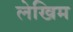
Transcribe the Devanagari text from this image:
लेखिम